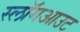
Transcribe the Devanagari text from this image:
स्लॉगआउट